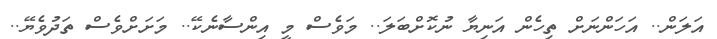
އަލަން.. އަހަންނަށް ތިހެން އަނިޔާ ނުކޮށްބަލަ.. މަވެސް މީ އިންސާނެކޭ.. މަށަށްވެސް ތަދުވެޔޭ..